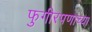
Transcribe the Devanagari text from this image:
फुगीरपणाच्या